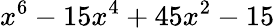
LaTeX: x^{6}-15x^{4}+45x^{2}-15